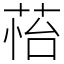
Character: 𦲀